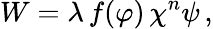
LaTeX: W=\lambda\, f(\varphi)\, \chi^{n}\psi\, ,